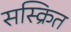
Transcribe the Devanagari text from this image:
सस्क्रित